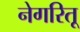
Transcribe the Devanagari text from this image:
नेगरितू